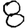
Digit: 8